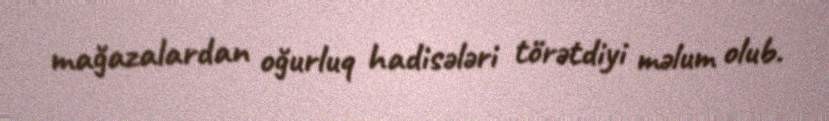
mağazalardan oğurluq hadisələri törətdiyi məlum olub.